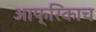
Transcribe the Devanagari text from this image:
आफ्रिकाच